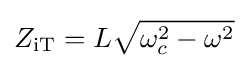
Z_{\mathrm {iT} }=L{\sqrt {\omega _{c}^{2}-\omega ^{2}}}